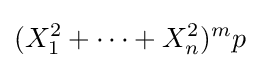
(X_{1}^{2}+\cdots +X_{n}^{2})^{m}p